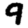
Digit: 9